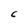
Character: C